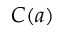
C ( a )